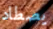
يصطاد